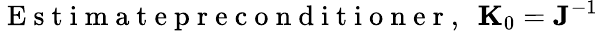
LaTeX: \mathrm{~E~s~t~i~m~a~t~e~p~r~e~c~o~n~d~i~t~i~o~n~e~r~,~}~{\mathbf K}_{0}={\mathbf J}^{-1}